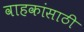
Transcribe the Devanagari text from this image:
वाहकांसाठी